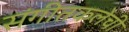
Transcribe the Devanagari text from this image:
संगीतकलेची